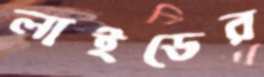
লাইডের